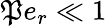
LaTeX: \mathfrak{P}e_{r}\ll1